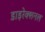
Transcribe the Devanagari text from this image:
डाइरेक्शनल